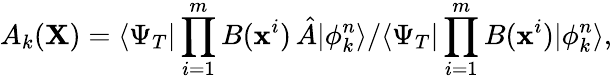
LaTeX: A_{k}({\mathbf X})=\langle\Psi_{T}|\prod_{i=1}^{m}B(\textbf{x}^{i})\, \hat{A}|\phi_{k}^{n}\rangle/\langle\Psi_{T}|\prod_{i=1}^{m}B(\textbf{x}^{i})|\phi_{k}^{n}\rangle,